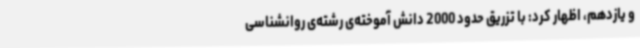
و یازدهم، اظهار کرد: با تزریق حدود 2000 دانش آموخته‌ی رشته‌ی روانشناسی